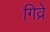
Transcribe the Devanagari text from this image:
गिव्रे